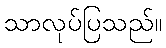
သာလုပ်ပြသည်။